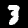
Label: 3